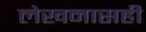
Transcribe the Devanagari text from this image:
लेखनासही